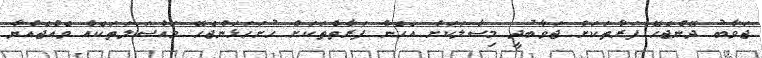
ޖަވާބު ދޭންޖެހޭ ފަރާތަކަށް ޖަވާބުދީ މިސާލަކަށް އެހެން ފަރާތްތަކަށް ހުށަހަޅަންޖެހޭ މައްސަލަތަކެއް ވެއްޖެއްޔާ